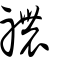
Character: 禯